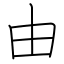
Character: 由